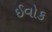
ઈવોક